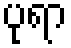
ပုရာ